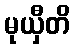
မုယှီတိ